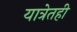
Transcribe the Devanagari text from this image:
यात्रेतही